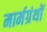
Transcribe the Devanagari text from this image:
मार्मग्रंथों